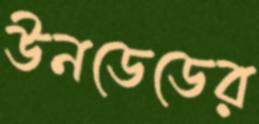
উনডেডের